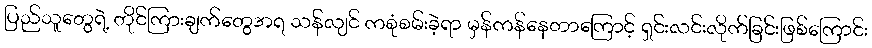
ပြည်သူတွေရဲ့ တိုင်ကြားချက်တွေအရ သန်လျင် ကစုံစမ်းခဲ့ရာ မှန်ကန်နေတာကြောင့် ရှင်းလင်းလိုက်ခြင်းဖြစ်ကြောင်း